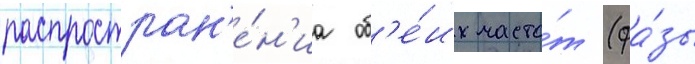
распростран'е́н'иа об'е́их часто́т (фа́зы